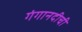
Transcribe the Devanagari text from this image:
गंगानदीची